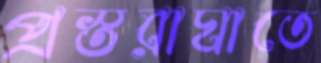
প্রস্তরাঘাতে